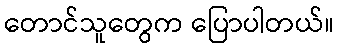
တောင်သူတွေက ပြောပါတယ်။